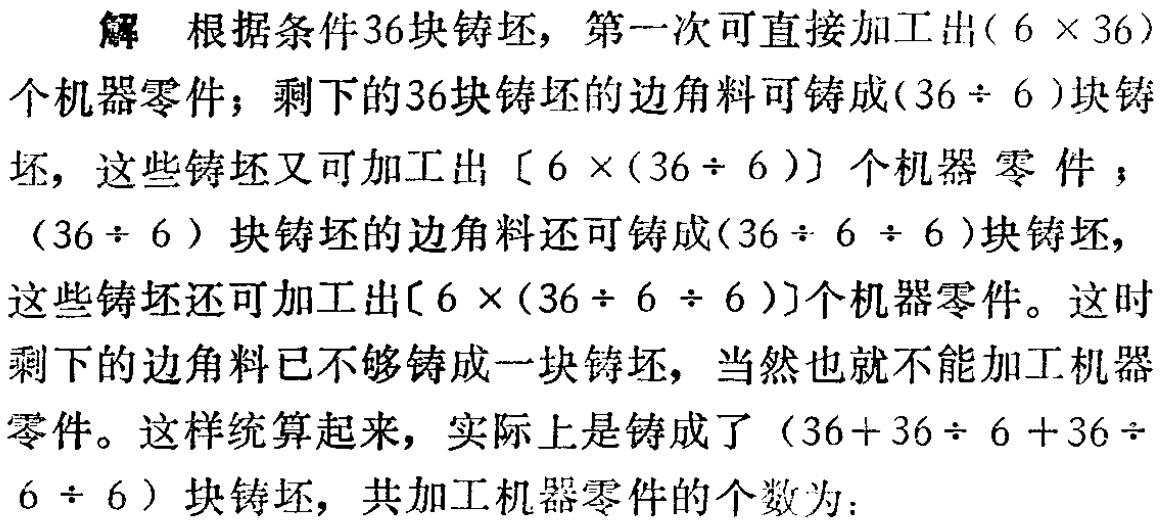
解 根据条件36块铸坯，第一次可直接加工出\((6\times36)\)个机器零件；剩下的36块铸坯的边角料可铸成\((36\div 6)\)块铸坯，这些铸坯又可加工出\([6\times(36\div 6)]\)个机器零件；\((36\div 6)\)块铸坯的边角料还可铸成\((36\div 6\div 6)\)块铸坯，这些铸坯还可加工出\([6\times(36\div 6\div 6)]\)个机器零件。这时剩下的边角料已不够铸成一块铸坯，当然也就不能加工机器零件。这样统算起来，实际上是铸成了\((36 + 36\div 6+36\div 6\div 6)\)块铸坯，共加工机器零件的个数为：